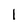
Character: 1